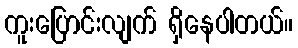
ကူးပြောင်းလျက် ရှိနေပါတယ်။